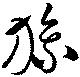
旒